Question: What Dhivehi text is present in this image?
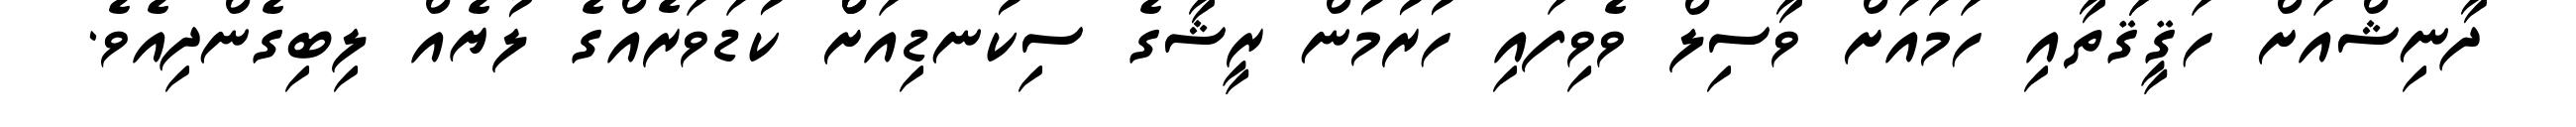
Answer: ދާނިޝްއަށް ހަޤީޤަަތާއި ހަމައަށް ވާސިލް ވެވިފައި ހުރުމުން ރީޝާގެ ސިކުނޑިއަށްް ކުޑަވަރެއްގެ ލުޔެއް ލިބިގެންދިއެވެ.